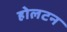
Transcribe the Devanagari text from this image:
होलटन